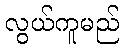
လွယ်ကူမည်